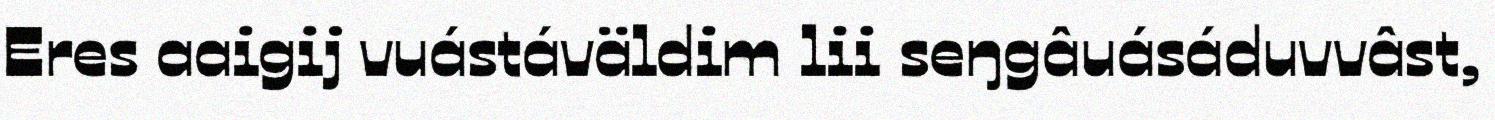
Eres aaigij vuástáväldim lii seŋgâuásáduvvâst,